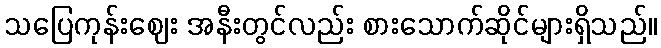
သပြေကုန်းဈေး အနီးတွင်လည်း စားသောက်ဆိုင်များရှိသည်။